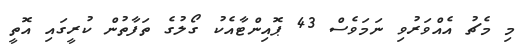
މި މެޗު އެއްވަރުވި ނަމަވެސް 43 ޕޮއިންޓާއެކު ގޯލުގެ ތަފާތުން ކުރީގައި އޮތީ